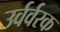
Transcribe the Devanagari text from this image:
उर्वर्वरक